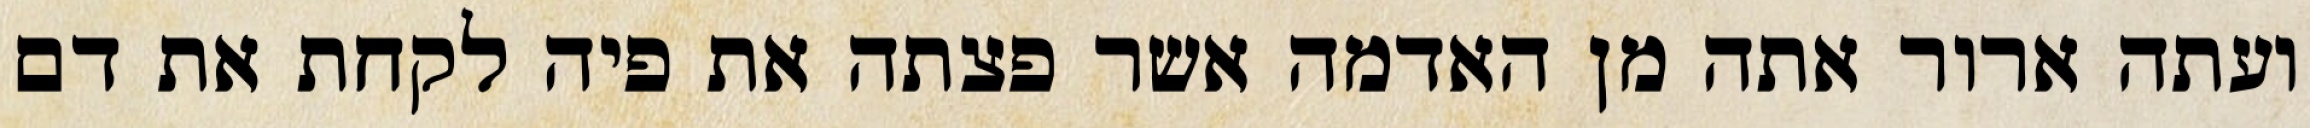
ועתה ארור אתה מן האדמה אשר פצתה את פיה לקחת את דם